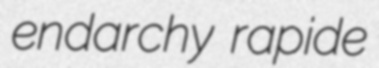
endarchy rapide